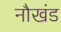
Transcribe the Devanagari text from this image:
नौखंड